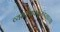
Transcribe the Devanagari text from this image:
व्यवस्थापकमंडळाच्या